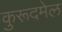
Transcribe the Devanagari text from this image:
कुरूदमेल